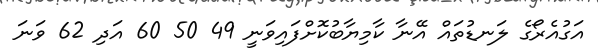
އަގުއެރޯގެ ލަނޑުތައް އޭނާ ކާމިޔާބުކޮށްފައިވަނީ 49 50 60 އަދި 62 ވަނަ